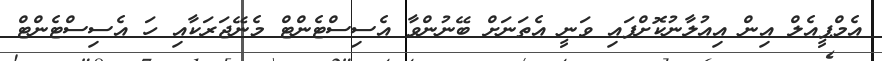
އެމްޕީއެލް އިން އިއުލާނުކޮށްފައި ވަނީ އެތަނަށް ބޭނުންވާ އެސިސްޓެންޓް މެނޭޖަރަކާއި ހަ އެސިސްޓެންޓް